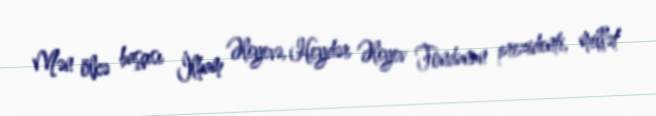
Mən ölkə başçısı İlham Əliyevə, Heydər Əliyev Fondunun prezidenti, millət